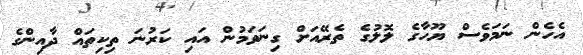
އެހެން ނަމަވެސް ޔޫހާގެ ލޮލުގެ ތެރޭއަށް ގިނަވަމުން އައި ކަރުނަ ތިކިތައް ދާއިންގެ